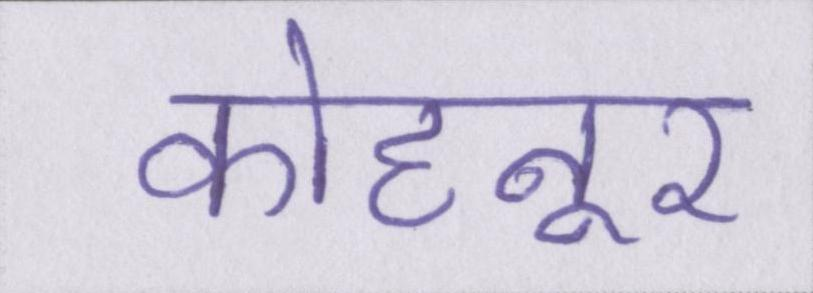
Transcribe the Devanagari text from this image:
कोहनूर